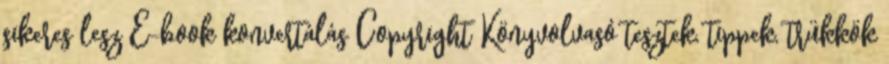
sikeres lesz E-book konvertálás Copyright Könyvolvasó tesztek, tippek, trükkök